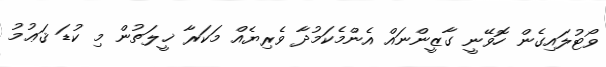
ވޯޓުލައިގެން ހޮވޭނީ ގާޒީންނައް އެންމެކަމުދާ ވެރިޔެއް މަކަރާ ޚީލަތުން މި ކުޑަ ޤަޢުމު